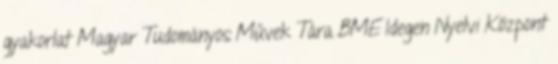
gyakorlat Magyar Tudományos Művek Tára BME Idegen Nyelvi Központ